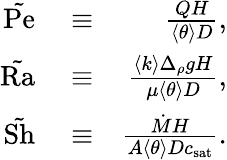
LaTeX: \begin{array}{rlr}{\tilde{\mathrm{Pe}}}&{{}\equiv}&{\frac{QH}{\left<\theta\right>D},}\\ {\tilde{\mathrm{Ra}}}&{{}\equiv}&{\frac{\left<k\right>\Delta_{\rho}gH}{\mu\left<\theta\right>D},}\\ {\tilde{\mathrm{Sh}}}&{{}\equiv}&{\frac{\dot{M}H}{A\left<\theta\right>Dc_{\mathrm{sat}}}.}\end{array}